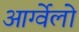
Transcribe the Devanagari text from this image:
आर्ग्वेलो